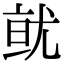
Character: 𭕐